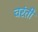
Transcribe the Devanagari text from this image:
चरंती